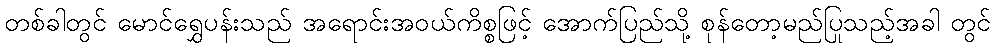
တစ်ခါတွင် မောင်ရွှေပန်းသည် အရောင်းအဝယ်ကိစ္စဖြင့် အောက်ပြည်သို့ စုန်တော့မည်ပြုသည့်အခါ တွင်